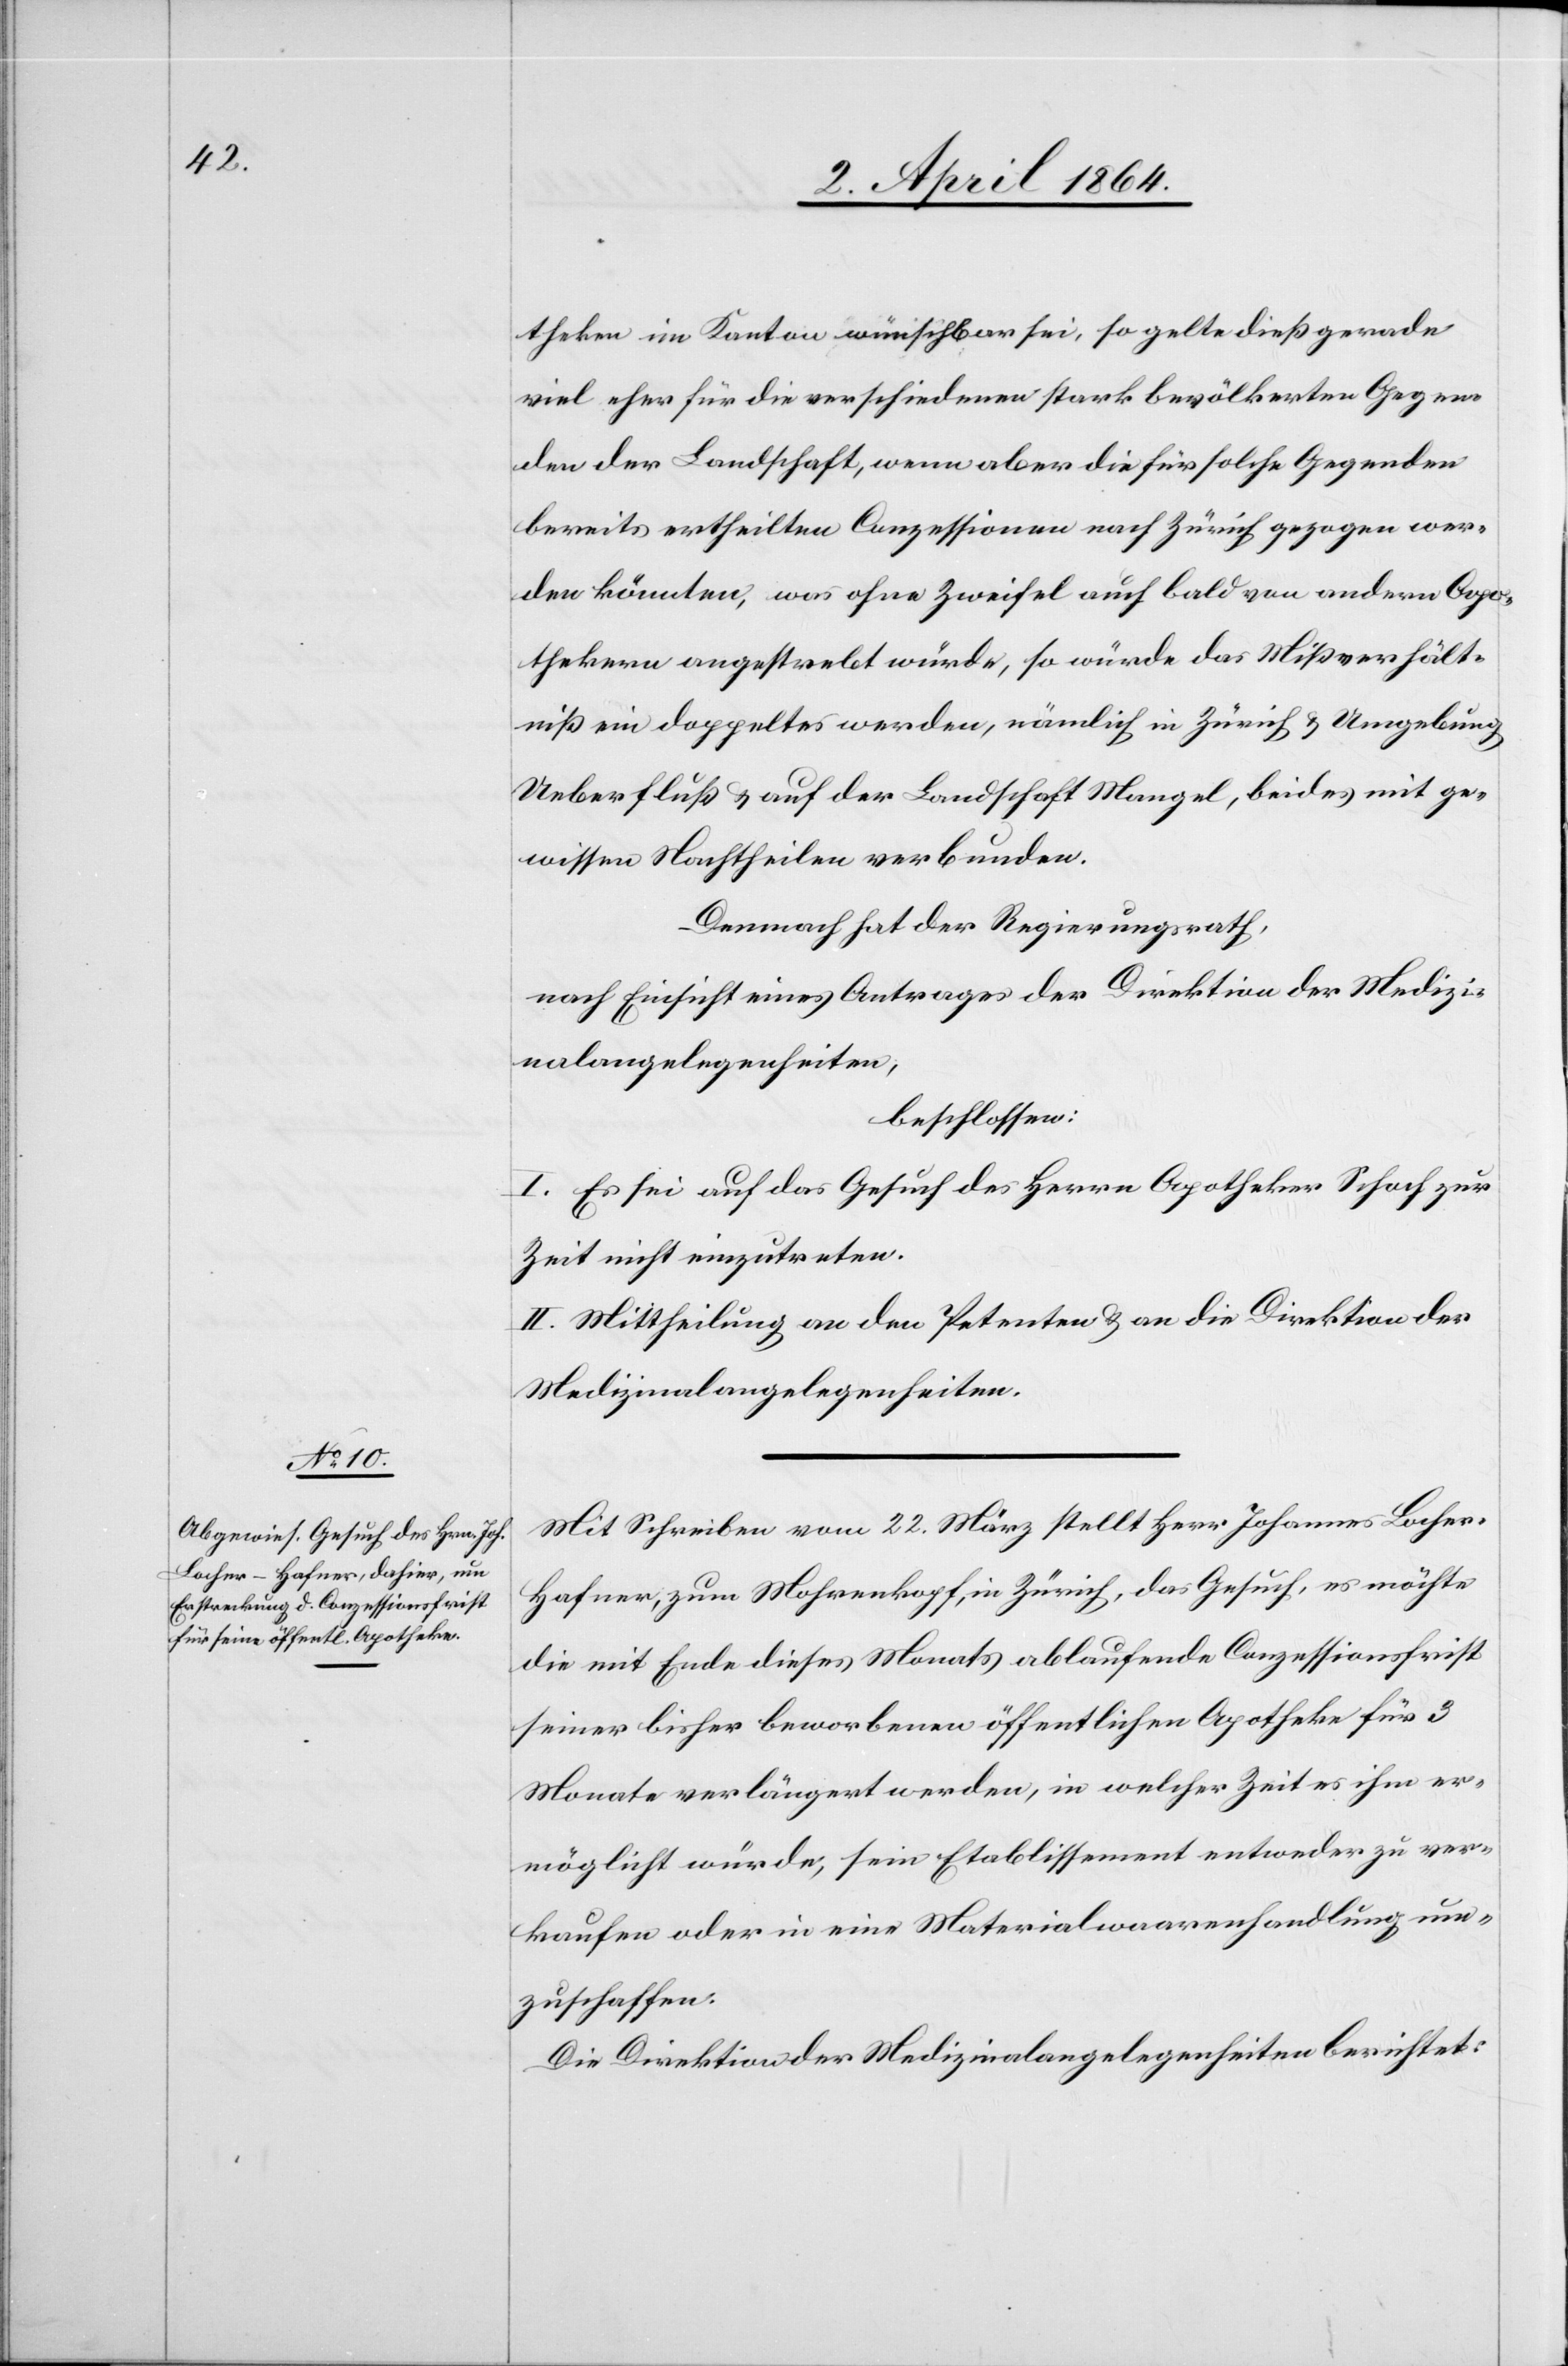
theken im Kanton wünschbar sei, so gelte dieß gerade
viel eher für die verschiedenen stark bevölkerten Gegen¬
den der Landschaft, wenn aber die für solche Gegenden
bereits ertheilten Conzessionen nach Zürich gezogen wer¬
den könnten, was ohne Zweifel auch bald von andern Apo¬
thekern angestrebt würde, so würde das Mißverhält¬
niß ein doppeltes werden nämlich in Zürich u. Umgebung
Ueberfluß u. auf der Landschaft Mangel, beides mit ge¬
wissen Nachtheilen verbunden.
Demnach hat der Regierungsrath,
nach Einsicht eines Antrages der Direktion der Medizi¬
nalangelegenheiten,
beschlossen:
I. Es sei auf das Gesuch des Herrn Apotheker Schoch zur
Zeit nicht einzutreten.
II. Mittheilung an den Petenten u. an die Direktion der
Medizinalangelegenheiten.
Mit Schreiben vom 22. März stellt Herr Johannes Loche¬
r-Hafner, zum Mohrenkopf, in Zürich, das Gesuch, es möchte
die mit Ende dieses Monats ablaufende Conzessionsfrist
seiner bisher beworbenen öffentlichen Apotheke für 3
Monate verlängert werden, in welcher Zeit es ihm er¬
möglicht würde, sein Etablissement entweder zu ver¬
kaufen oder in eine Materialwarenhandlung um¬
zuschaffen.
Die Direktion der Medizinalangelegenheiten berichtet: